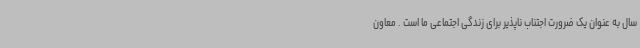
سال به عنوان یک ضرورت اجتناب ناپذیر برای زندگی اجتماعی ما است . معاون